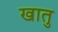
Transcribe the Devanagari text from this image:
खातु